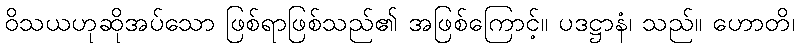
ဝိသယဟုဆိုအပ်သော ဖြစ်ရာဖြစ်သည်၏ အဖြစ်ကြောင့်။ ပဒဋ္ဌာနံ၊ သည်။ ဟောတိ၊